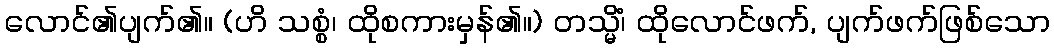
လောင်၏ပျက်၏။ (ဟိ သစ္စံ၊ ထိုစကားမှန်၏။) တသ္မိံ၊ ထိုလောင်ဖက်, ပျက်ဖက်ဖြစ်သော